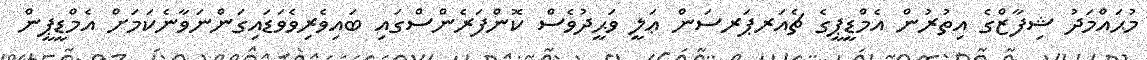
މުޙައްމަދު ޝިފާޒްގެ އިތުރުން އެމްޑީޕީގެ ޗެއަރޕަރސަން ޢަލީ ވަޙީދުވެސް ކޮންފަރެންސްގައި ބައިވެރިވެވަޑައިގަންނަވާނެކަމަށް އެމްޑީޕީން